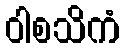
ဝါစသိကံ